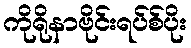
ကိုရိုနာဗိုင်းရပ်စ်ပိုး